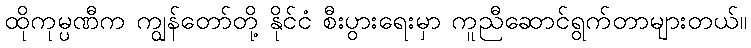
ထိုကုမ္ပဏီက ကျွန်တော်တို့ နိုင်ငံ စီးပွားရေးမှာ ကူညီဆောင်ရွက်တာများတယ်။